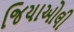
જિયાઓલી